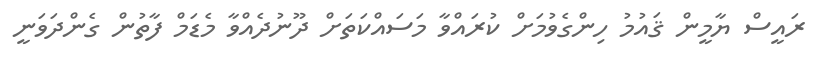
ރައީސް ޔާމީން ޤައުމު ހިންގެވުމަށް ކުރައްވާ މަސައްކަތަށް ދޫނުދެއްވާ މެޑަމް ފާތުން ގެންދަވަނީ